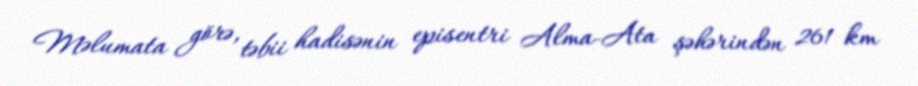
Məlumata görə, təbii hadisənin episentri Alma-Ata şəhərindən 261 km